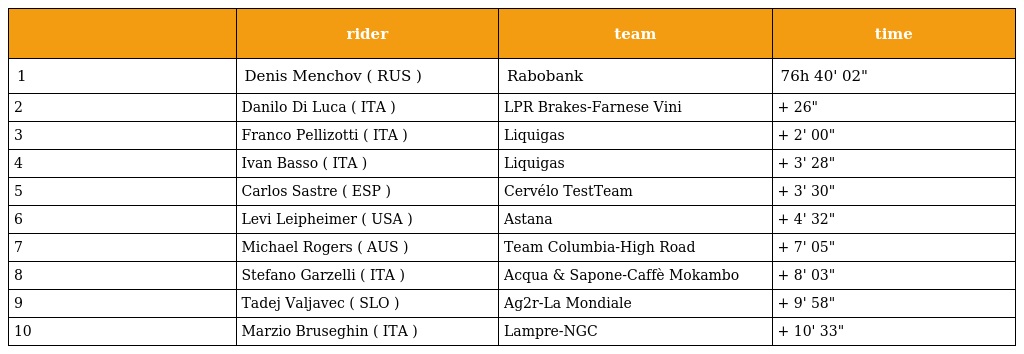
|  | rider | team | time |
 | --- | --- | --- | --- |
 | 1 | Denis Menchov ( RUS ) | Rabobank | 76h 40' 02" |
 | 2 | Danilo Di Luca ( ITA ) | LPR Brakes-Farnese Vini | + 26" |
 | 3 | Franco Pellizotti ( ITA ) | Liquigas | + 2' 00" |
 | 4 | Ivan Basso ( ITA ) | Liquigas | + 3' 28" |
 | 5 | Carlos Sastre ( ESP ) | Cervélo TestTeam | + 3' 30" |
 | 6 | Levi Leipheimer ( USA ) | Astana | + 4' 32" |
 | 7 | Michael Rogers ( AUS ) | Team Columbia-High Road | + 7' 05" |
 | 8 | Stefano Garzelli ( ITA ) | Acqua & Sapone-Caffè Mokambo | + 8' 03" |
 | 9 | Tadej Valjavec ( SLO ) | Ag2r-La Mondiale | + 9' 58" |
 | 10 | Marzio Bruseghin ( ITA ) | Lampre-NGC | + 10' 33" |